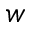
\boldsymbol { w }